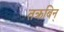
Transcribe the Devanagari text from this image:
तक्रबिन्